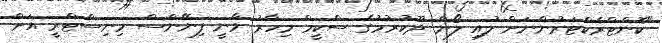
"ކޮންޓްރެކްޓަރުންނަށް ލުއި ލޯން ދޫކުރުމުގެ ސްކީމް މިހާރު ވާނީ ފިނޭންސް މިނިސްޓްރީ އަށް